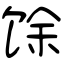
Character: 馀